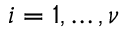
i = 1 , \dots , \nu